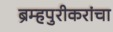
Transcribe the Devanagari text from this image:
ब्रम्हपुरीकरांचा